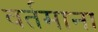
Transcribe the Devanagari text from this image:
वर्तमाना